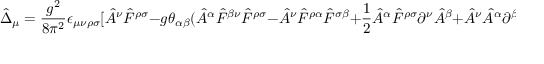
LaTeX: \hat { \Delta } _ { \mu } = { \frac { g ^ { 2 } } { 8 \pi ^ { 2 } } } \epsilon _ { \mu \nu \rho \sigma } [ \hat { A } ^ { \nu } \hat { F } ^ { \rho \sigma } - g \theta _ { \alpha \beta } ( \hat { A } ^ { \alpha } \hat { F } ^ { \beta \nu } \hat { F } ^ { \rho \sigma } - \hat { A } ^ { \nu } \hat { F } ^ { \rho \alpha } \hat { F } ^ { \sigma \beta } + { \frac { 1 } { 2 } } \hat { A } ^ { \alpha } \hat { F } ^ { \rho \sigma } \partial ^ { \nu } \hat { A } ^ { \beta } + \hat { A } ^ { \nu } \hat { A } ^ { \alpha } \partial ^ { \beta } \hat { F } ^ { \rho \sigma } ) ] .